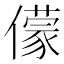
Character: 𠐁